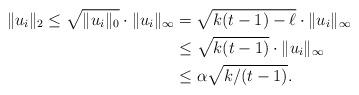
LaTeX: \begin{align*}\|u_i\|_2\leq\sqrt{\|u_i\|_0}\cdot \|u_i\|_\infty &=\sqrt{k(t-1)-\ell }\cdot \|u_i\|_\infty\\& \leq\sqrt{k(t-1)}\cdot \|u_i\|_\infty\\& \leq\alpha\sqrt{k/(t-1)}.\end{align*}